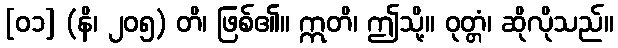
[၀၁] (နိ၊ ၂၀၅) တိ၊ ဖြစ်၏။ ဣတိ၊ ဤသို့။ ဝုတ္တံ၊ ဆိုလိုသည်။